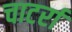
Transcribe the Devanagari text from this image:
चाटर्रा